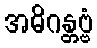
အဓိဂန္တဗ္ဗံ